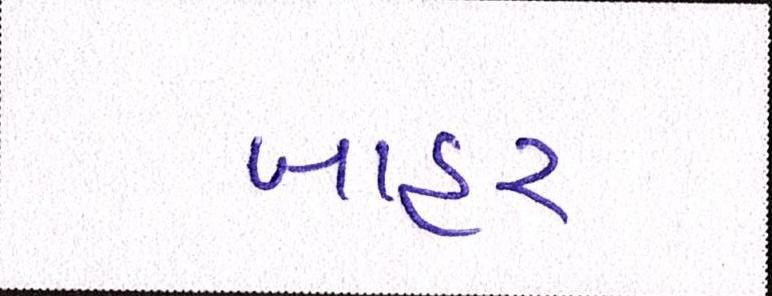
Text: બાહર